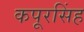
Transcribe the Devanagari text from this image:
कपूरसिंह